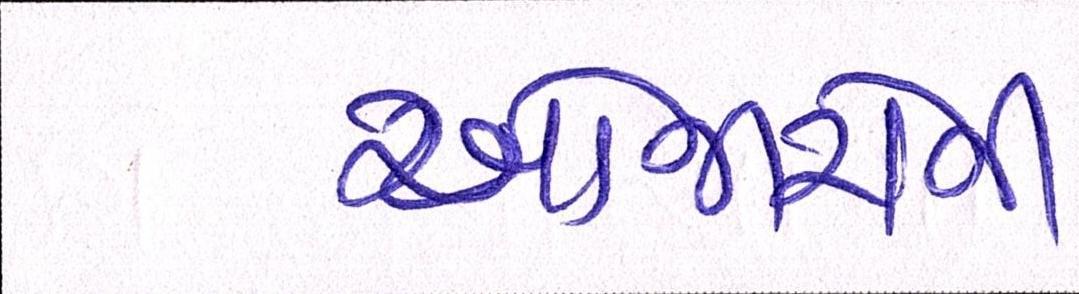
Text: ઓજારોની